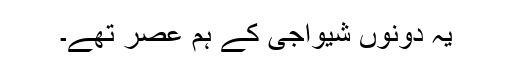
یہ دونوں شیواجی کے ہم عصر تھے۔